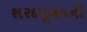
શરદપૂનમની